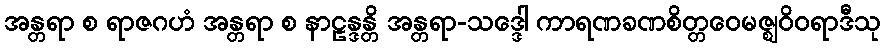
အန္တရာ စ ရာဇဂဟံ အန္တရာ စ နာဠန္ဒန္တိ အန္တရာ-သဒ္ဒေါ ကာရဏခဏစိတ္တဝေမဇ္ဈဝိဝရာဒီသု